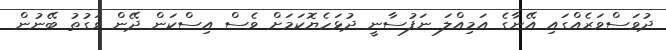
ދުވަސްވަރެއްގައި އޭނާގެ އަމިއްލަ ނަފުސާނީ ދުޅަހެޔޮކަމަށް ވެސް އިސްކަން ދޭން ވަގުތު ބޭނުން